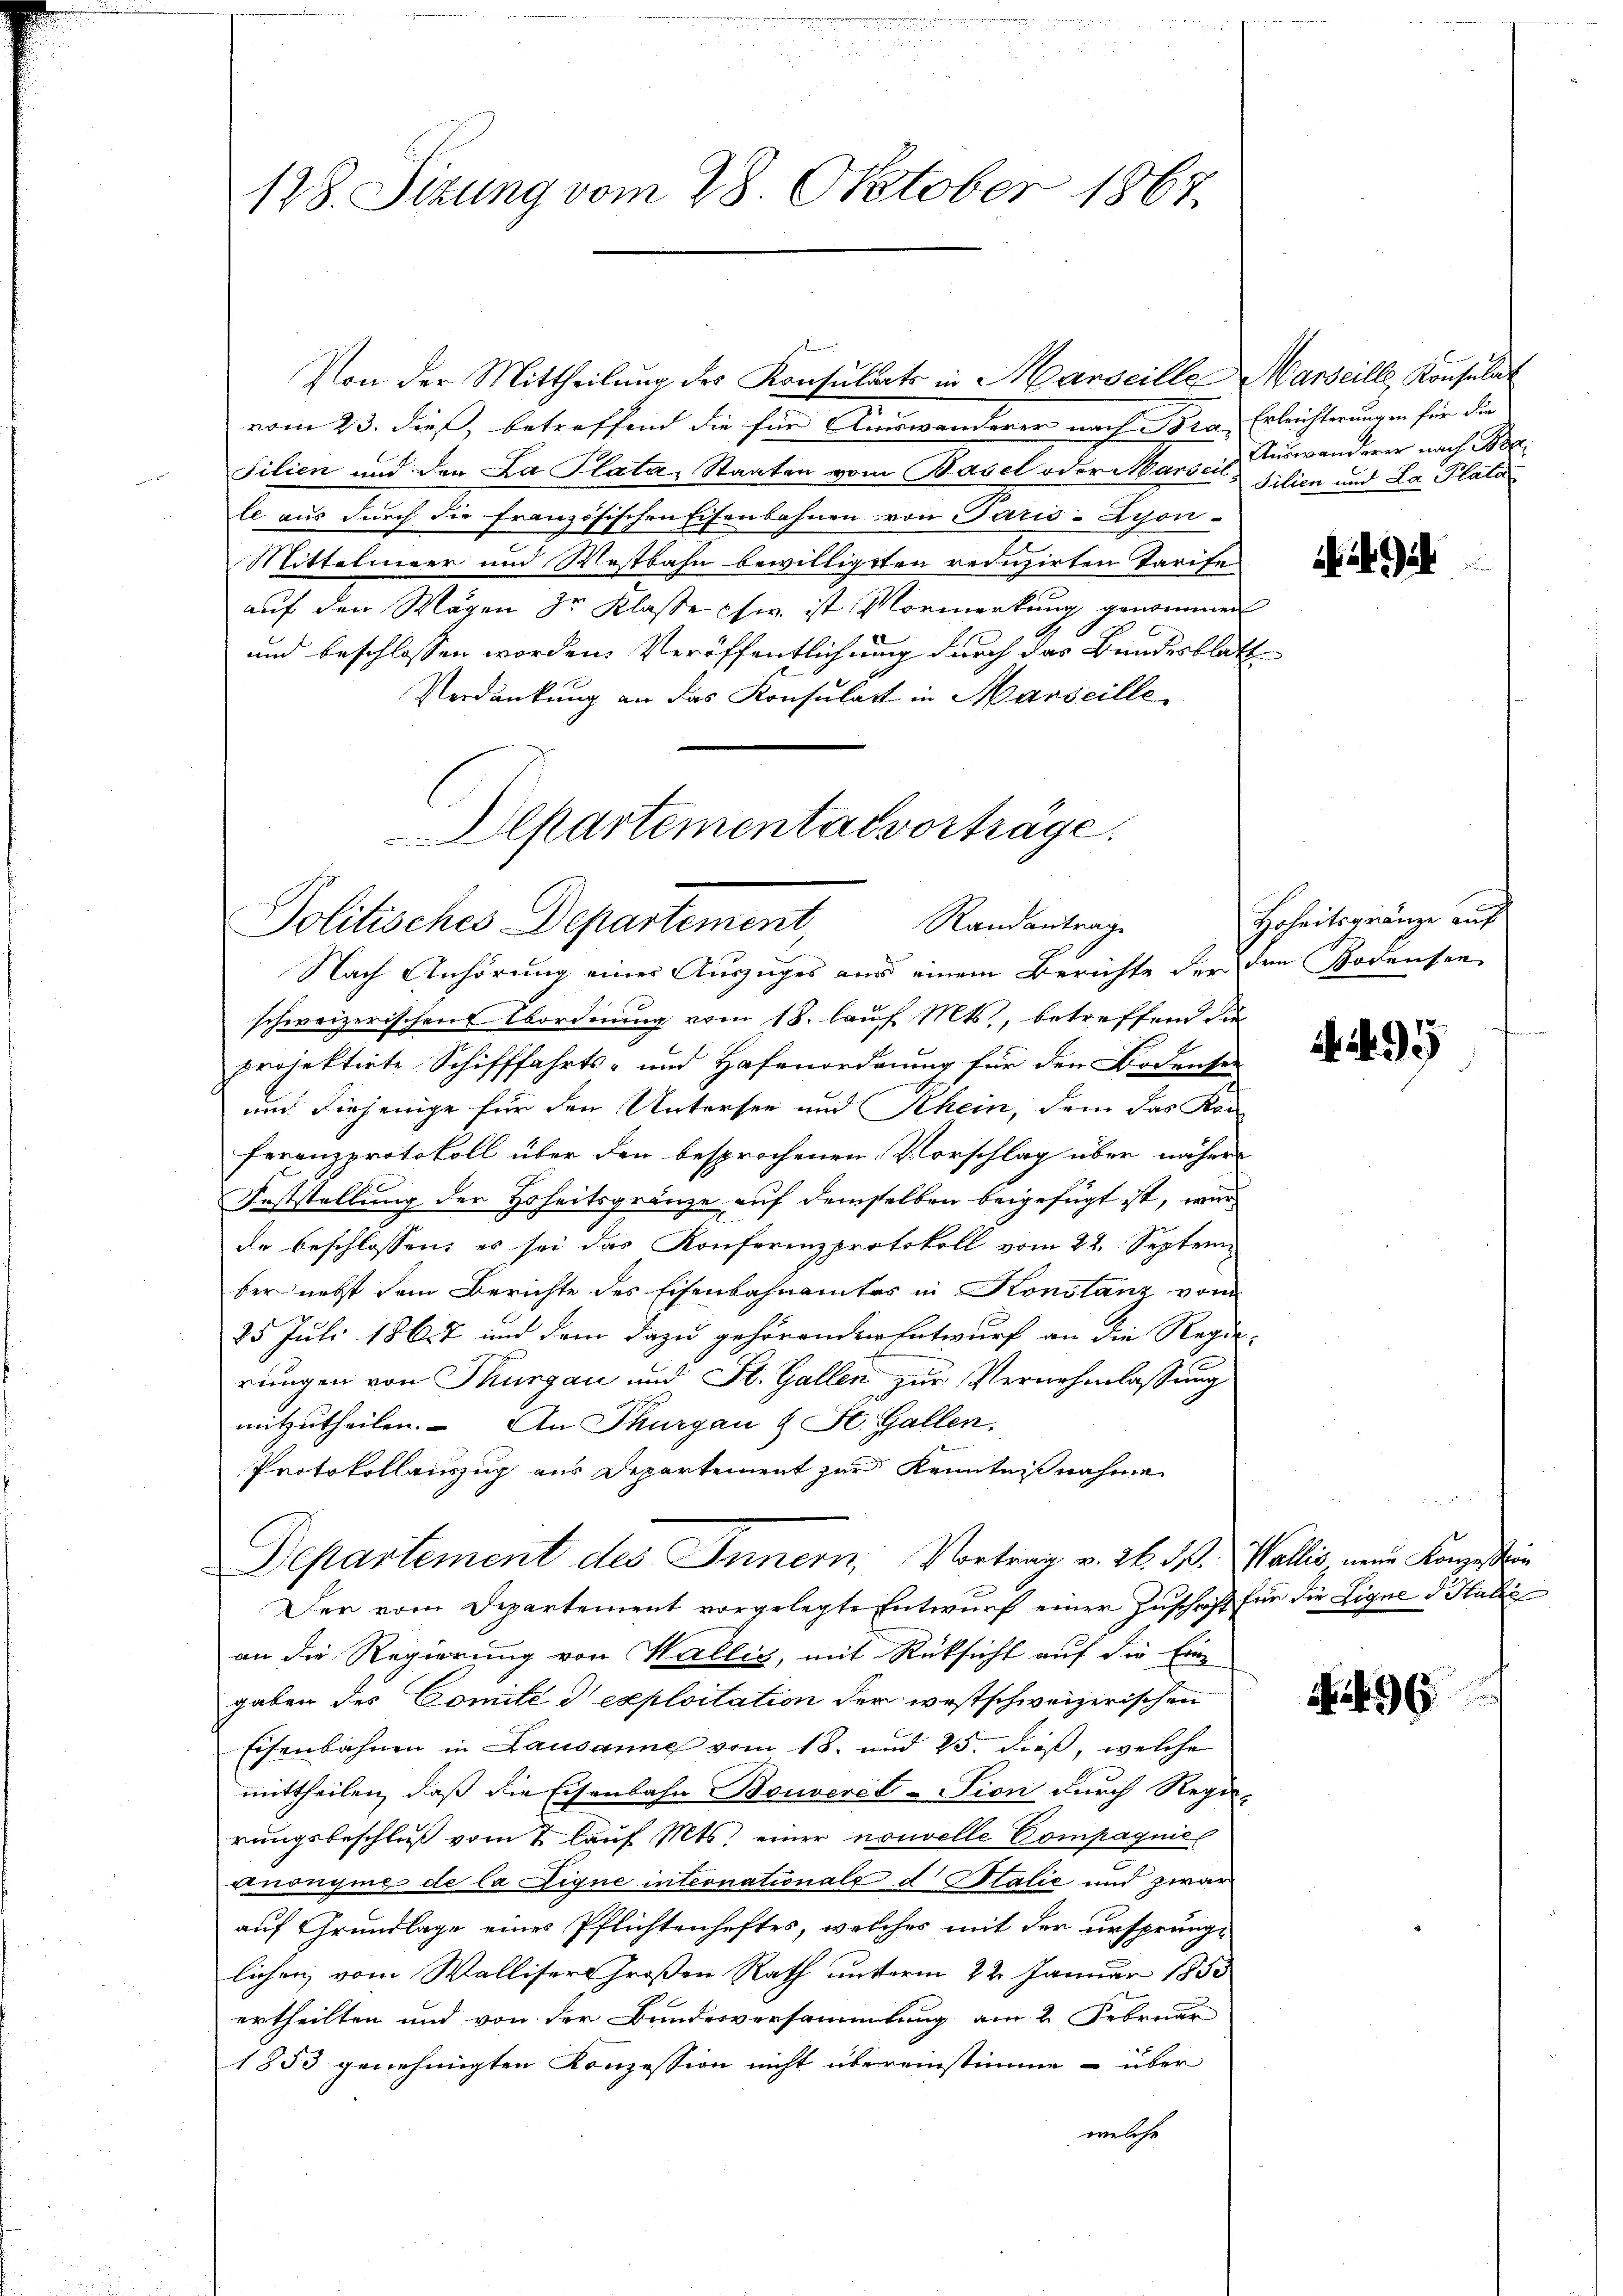
128. Sizung vom 28. Oktober 1867.

Von der Mittheilung des Konsulats in Marseille Marseille, Konsulat
vom 23. dieß, betreffend die für Auswanderer nach Bra. Erleichterungen für die
Filien und den La Plata, Staaten vom Basel oder Marseil, Silien und La Plata
le aus durch die französischen Eisenbahnen von Paris-Zyon-
Mittelmeer und Westbahn bewilligten reduzirten Tarife
auf den Wagen der Klasse sie ist Vormerkung genommen
und beschlossen worden. Veröffentlichung durch das Bundesblatt
Verdankung an das Konsulat in Marseille

Departemental vortrage.
Politisches Departement, Randantrage

Nach Anhörung einer Auszuges aus einem Berichte der dem Bodensee
schweizerischen Abordnung vom 18. lauf Mts., betreffend die
projektirte Schifffahrts- und Hafenordnung für den Bodensee
und diejenige für den Untersee und Rhein, dem das Kon
Feranzprotokoll über den besprochenen Vorschlag über näher
Feststellung der Hoheitsgränze auf demselben beigefügt ist, wir
de beschlossen, es sei das Konferenzprotokoll vom 22. Septem
ber nebst dem Berichte des Eisenbahnamtes in Konstanz vom
25 Juli 1867 und dem dazu gehörenden Entwurf an die Regie-
rungen von Thurgau und St. Gallen zur Vernehmlassung
mitzutheilen. An Thurgau & St. Gallen,
Protokollauszug aus Departement zur Kenntnißnahme
Departement des Innern, Vortrag v. 24. M. Wallis, neue Konzessin
Der vom Departement vorgelegte Entwurf einer Zuschrift für die Ligne d. Statte
an die Regierung von Wallig, mit Rüksicht auf die Eingaben des Comité d exploitation der westschweizerischen
Eisenbahnen in Lausanne vom 18. und 25. dieß, welche
mittheilen, daß die Eisenbahn Bouvere-Tion durch Regie-
rungsbeschluß vom 7 lauf Mts. einer nouvelle Compagnie
anonyme de la Eigne internationale d Italie und zwar
auf Grundlage eines Pflichtenheftes, welches mit der ursprünglichen vom Walliser Großen Rath unterm 22. Januar 1850
ertheilten und von der Bundesversammlung am 2. Februar
1853 genehmigten Konzession nicht übereinstimme – über
welche

Auswanderer nach Bee

Ge

Hoheitsgränze auf

. N. 95

96